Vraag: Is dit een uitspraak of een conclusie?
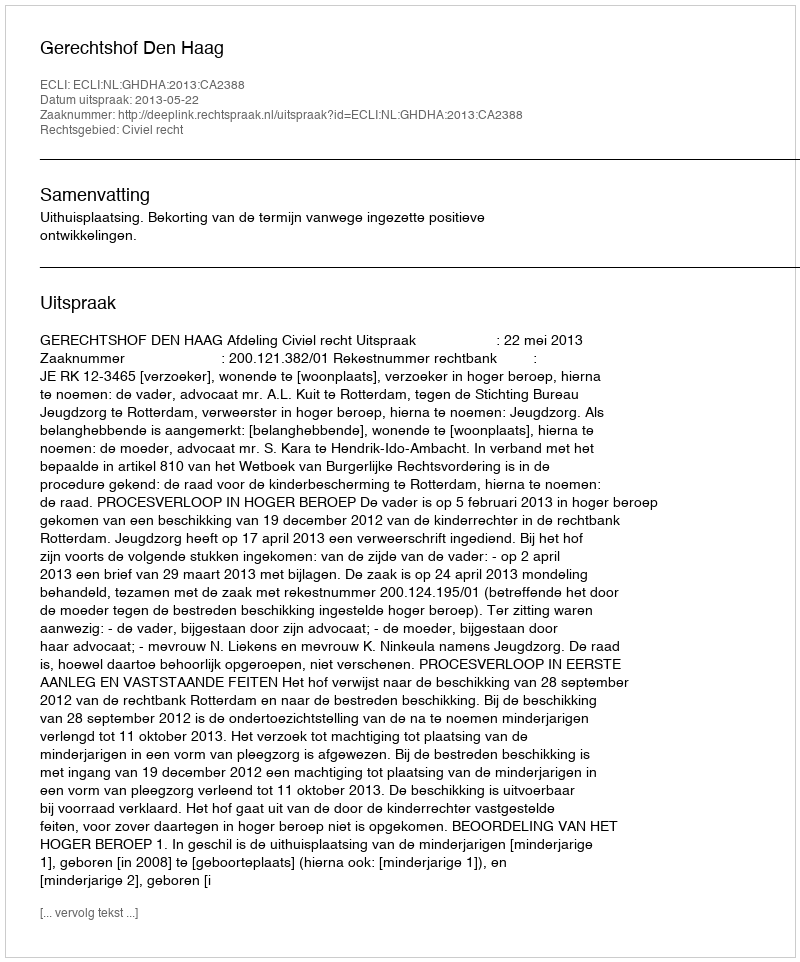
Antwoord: Uitspraak